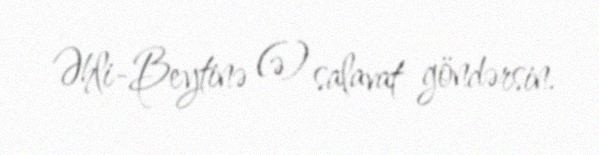
Əhli-Beytinə (ə) salavat göndərsin.